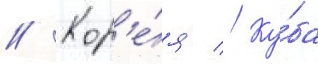
// Кор'е́я // Ку́ба